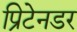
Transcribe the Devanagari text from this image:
प्रिटेनडर